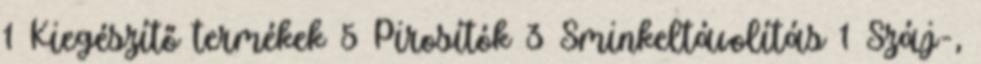
1 Kiegészítő termékek 5 Pirosítók 3 Sminkeltávolítás 1 Száj-,